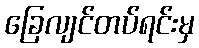
ခြေလျင်တပ်ရင်းမှ